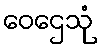
ဝေဌေသုံ